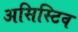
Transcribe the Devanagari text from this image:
असिस्टिव